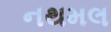
નથમલ